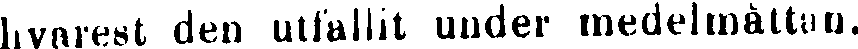
hvarest den utfallit under medelmåttan.